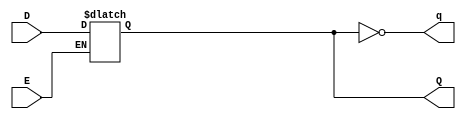
module D_latch (
    input E,
    input D,
    output Q,
    output q
);
reg Q;
assign q=!Q;
    always @(E or D) begin
        if (E) begin
            Q<=D;
        end else begin
            Q<=Q;
        end
    end
endmodule